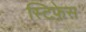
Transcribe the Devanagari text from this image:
स्टिफेस